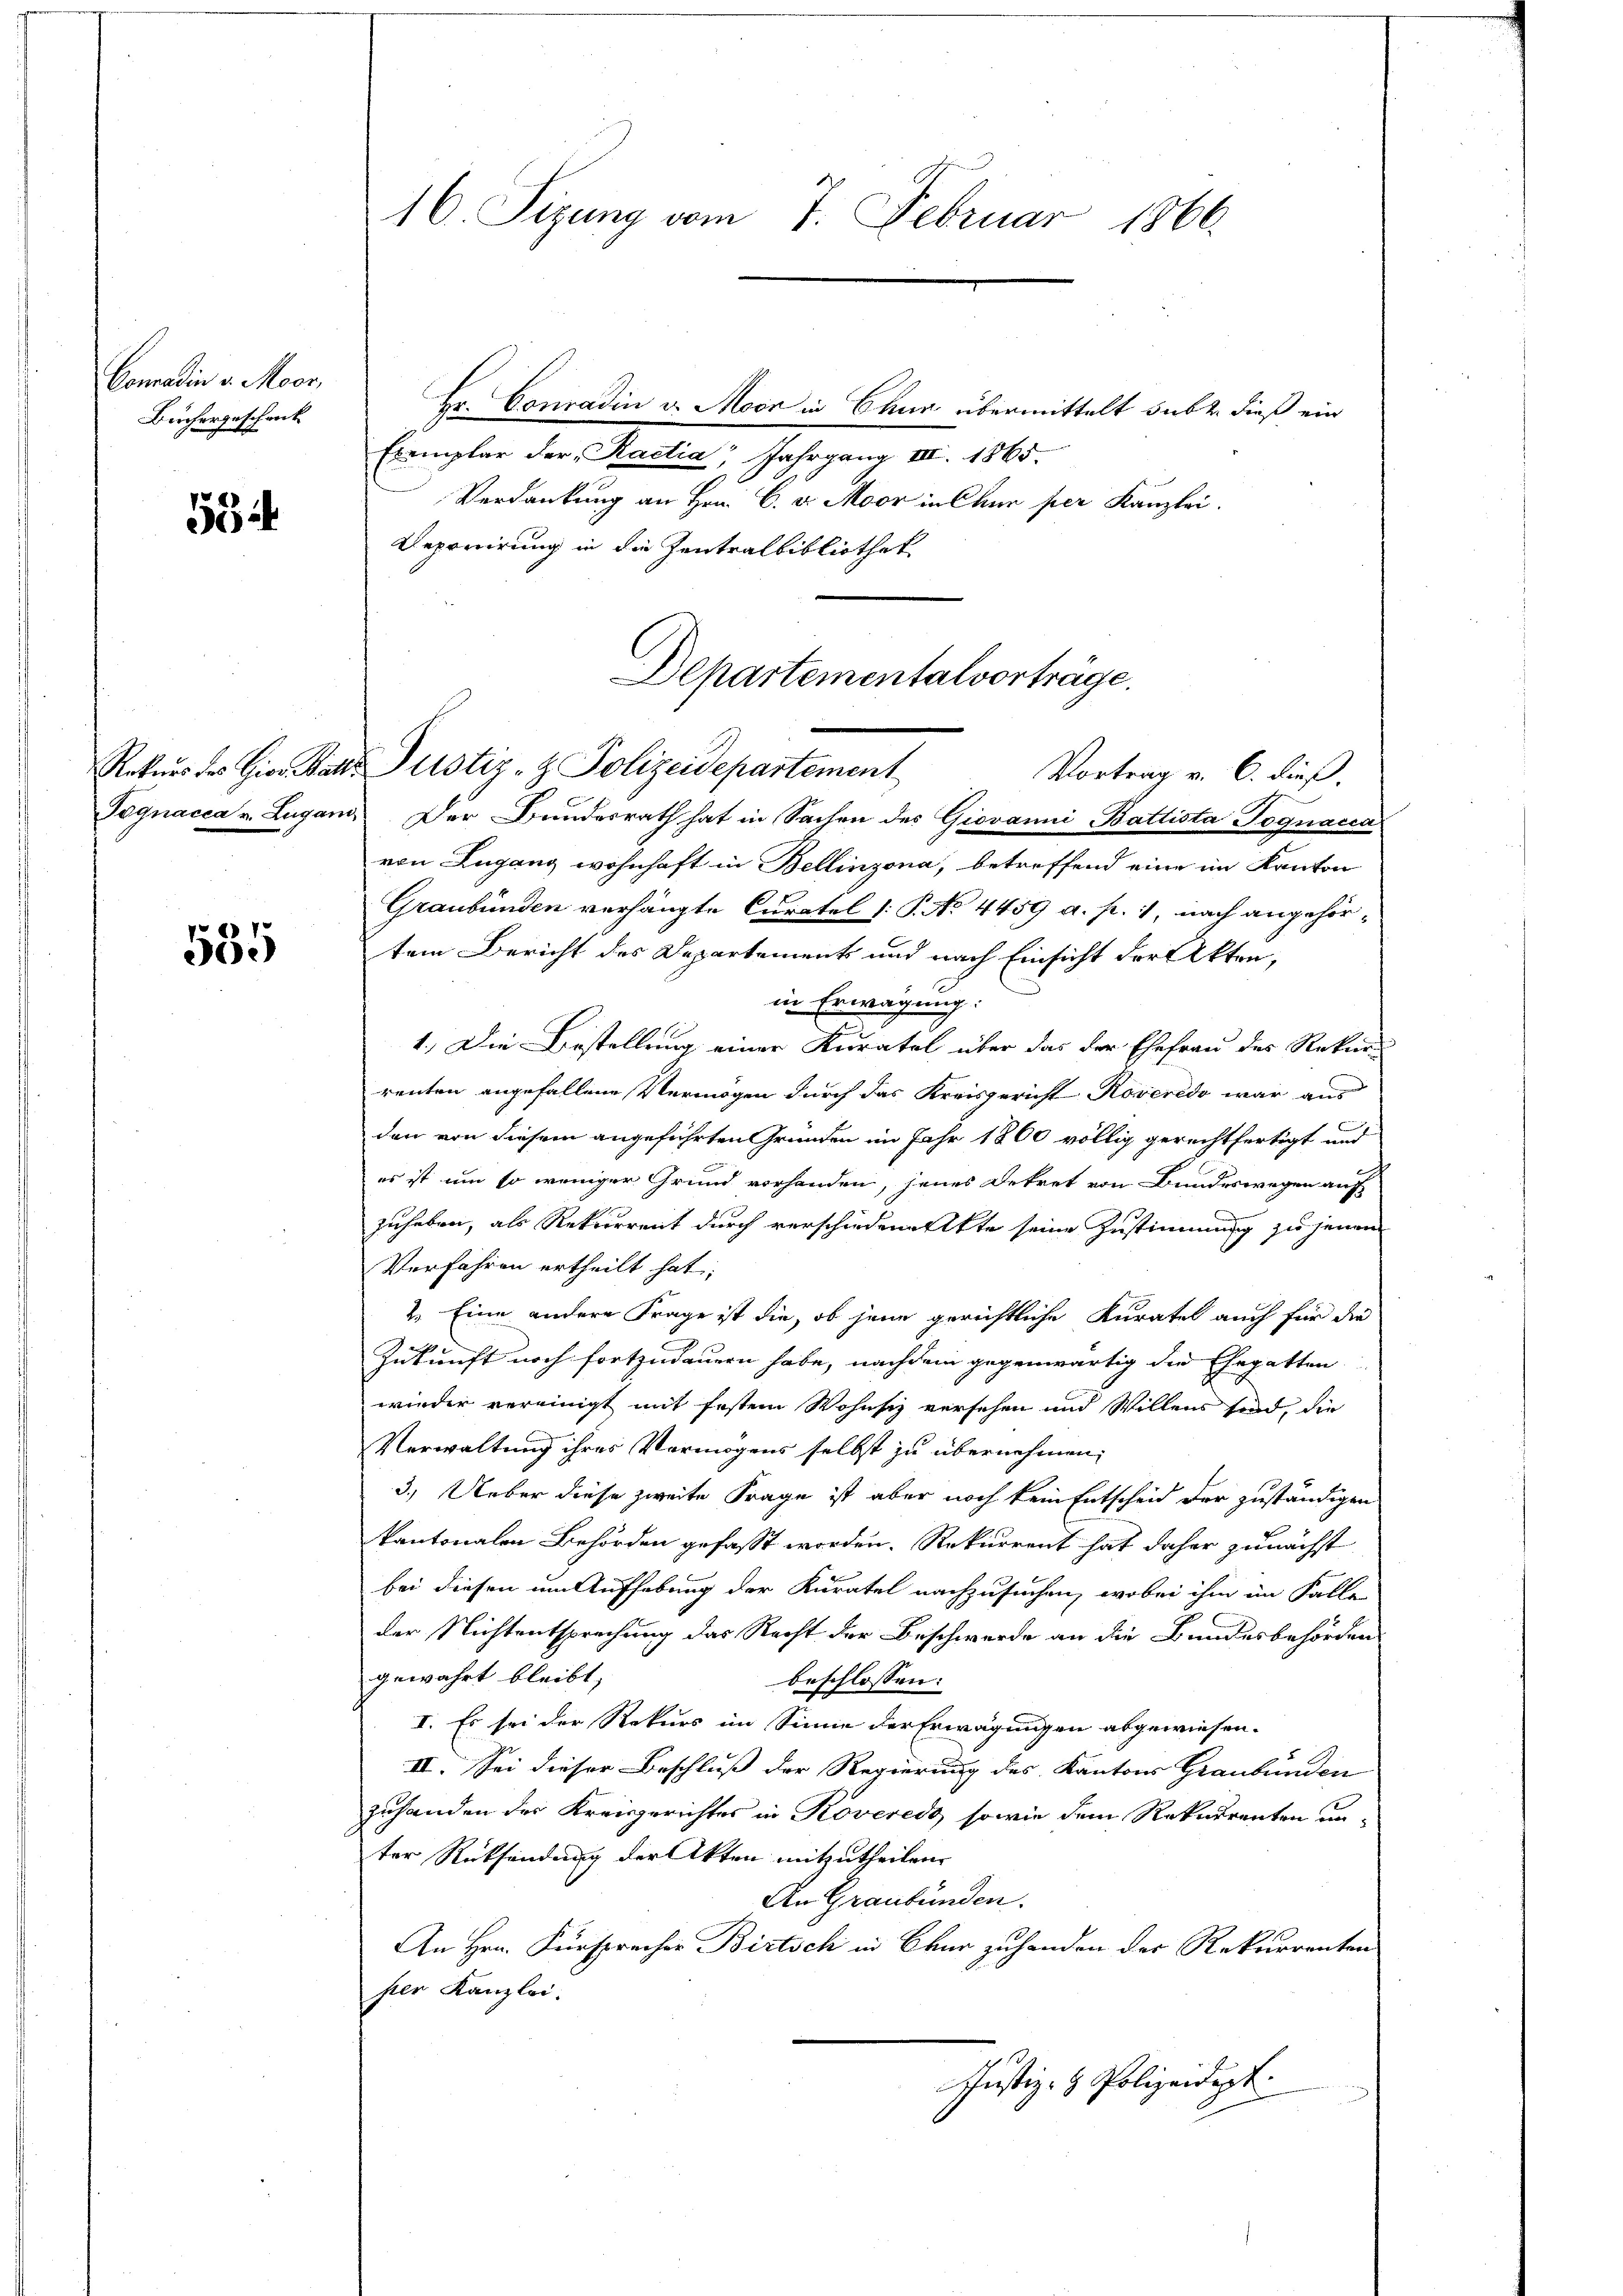
Comadin v. Moor,
Büchergeschrick

554

535

16. Sizung vom 7. Februar 1866.

Hr. Conradin v. Moor in Chur übermittelt subt dieß ein
Exemplar der Kactia, Jahrgang III. 1865.
Verdankung an Hrn. C. v. Moor in Chur per Kanzlei.
Deponirung in die Zentralbibliothek

Departementalverträge.
Rekŭrs des Gior. Matte Justiz- & Polizeidepartement
Vortrag v. 6. dieß.

Pognacia v. Lugano. Der Bunderrath hat in Sachen des Giovanni-Battista Jognacca
von Lugang wohnhaft in Bellinzona, betreffend eine im Kanton
Graubünden verhängte Curatel (: P. No 4459 a. p. 1, nach angehörtem Bericht des Departement und nach Einsicht der Aktenin Erwägung:
1.) Die Bestellung einer Kuratel über das der Ehefrau des Rekur-
renten angefallene Vermögen durch das Kreisgericht Roveredo war aus
den von diesem angeführten Gründen im Jahr 1860 völlig gerechtfertigt und
es ist um so weniger Grund vorhanden, jenes Dekret von Bundeswegen auf
zuheben, als Rekurrent durch verschiedene Akte seine Zustimmung zu jenen
Verfahren ertheilt hat;
2. Eine andere Frage ist die, ob jene gerichtliche Kuratel auch für die
Zukunft noch fortzudauern habe, nachdem gegenwärtig die Ehegatten
wieder vereinigt mit festem Wohnsiz versehen und Willens sind, die
Verwaltung ihres Vermögens selbst zu übernehmen,
3.) Ueber diese zweite Frage ist aber noch kein Entscheid der zuständigen
kantonalen Behörden gefasst worden. Rekurrent hat daher zunächst
bei diesen um Aufhebung der Kuratel nachzusuchen, wobei ihm im Falle
der Nichtentsprechung das Recht der Beschwerde an die Bundesbehörden
gewährt bleibt,
beschlossen:
I. Es sei der Rekurs im Sinne der Erwägungen abgewiesen.
II. Sei dieser Beschluß der Regierung des Kantons Graubünden
zuhanden der Kreisgerichtes in Kovereds, sowie dem Rekurrenten un-
ter Rücksendung der Akten mitzutheilen.
An Graubünden.
An Hrn. Fürspracher Birtsch in Chur zuhanden der Rekurrenten
per Kanzlei.
Justiz- & Polizeidigt.